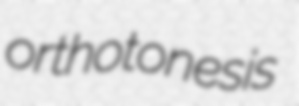
orthotonesis